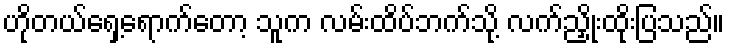
ဟိုတယ်ရှေ့ရောက်တော့ သူက လမ်းထိပ်ဘက်သို့ လက်ညှိုးထိုးပြသည်။